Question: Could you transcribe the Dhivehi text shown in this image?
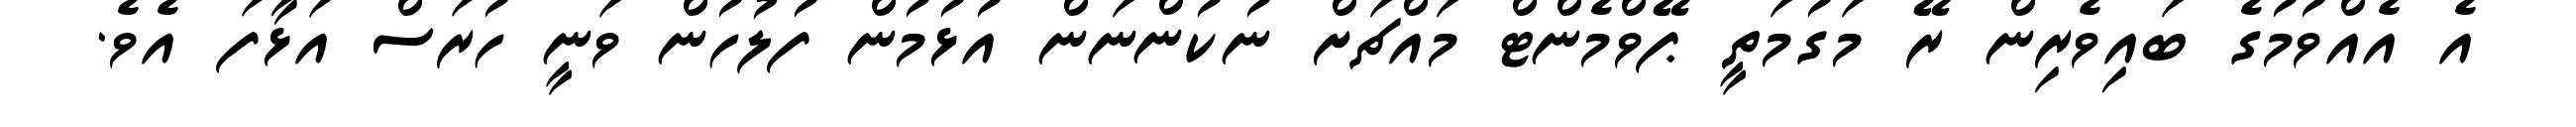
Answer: އެ އެއްވުމުގެ ބައިވެރިން ރޭ މަގުމަތީ ޕޭވްމެންޓް މައްޗަށް ނުކުންނަން އުޅުމުން ފުލުހުން ވަނީ ހުރަސް އަޅާފަ އެވެ.